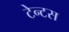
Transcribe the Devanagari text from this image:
टेन्टस